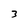
Character: 3